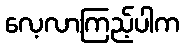
လေ့လာကြည့်ပါက